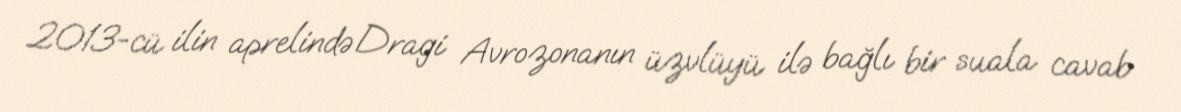
2013-cü ilin aprelində Dragi Avrozonanın üzvlüyü ilə bağlı bir suala cavab